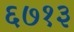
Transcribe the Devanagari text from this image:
६७१३